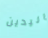
اليدين